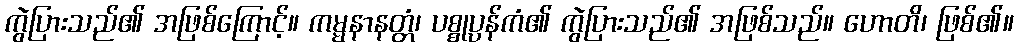
ကွဲပြားသည်၏ အဖြစ်ကြောင့်။ ကမ္မနာနတ္တံ၊ ပစ္စုပ္ပန်ကံ၏ ကွဲပြားသည်၏ အဖြစ်သည်။ ဟောတိ၊ ဖြစ်၏။